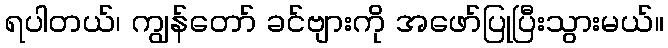
ရပါတယ်၊ ကျွန်တော် ခင်ဗျားကို အဖော်ပြုပြီးသွားမယ်။